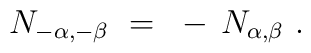
N_{-\alpha,-\beta}~=~- \, N_{\alpha,\beta}~.